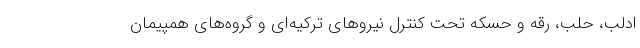
ادلب، حلب، رقه و حسکه تحت کنترل نیروهای ترکیه‌ای و گروه‌های همپیمان